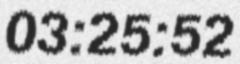
03:25:52